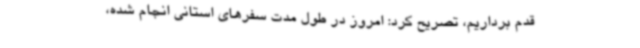
قدم برداریم، تصریح کرد: امروز در طول مدت سفرهای استانی انجام شده،